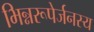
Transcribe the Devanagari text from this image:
भिन्नरूपेर्जनस्य